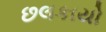
છલકાયો